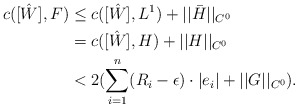
\begin{align*}c([\hat{W}],F)& \leq c([\hat{W}],L^1)+||\bar{H}||_{C^0}\\& = c([\hat{W}],H)+||H||_{C^0}\\ & <2(\sum_{i=1}^n(R_i-\epsilon)\cdot |e_i|+||G||_{C^0}).\end{align*}